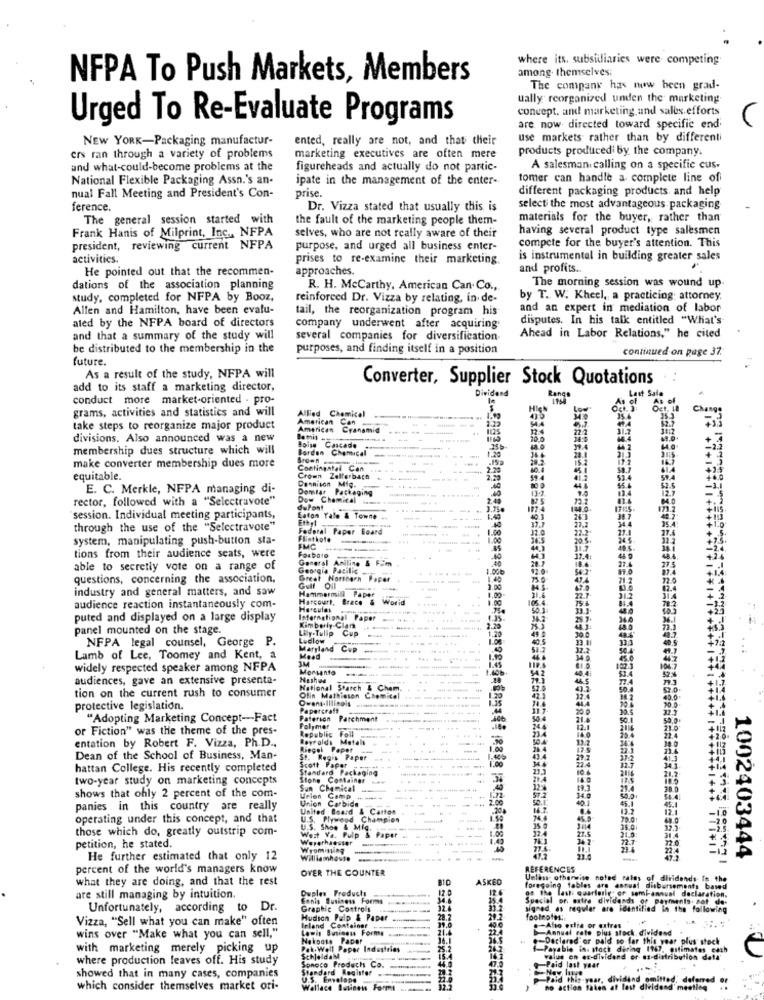
where its. subsidiaries were competing
among. themselves;
NFPA To Push Markets, Members
The company has now been grad-
ually reorganized unden the marketing
concept. and marketing, and salbs.efforts
Urged To Re-Evaluate Programs
are now directed toward specific end;
NEW YORK-Packaging manufactur-
ented, really are not, and that their
use markets rather than by differenti
ers ran through a variety of problems
products produced by the company.
marketing executives are often mere
and what-could-become problems at the
figureheads and actually do not partic-
A salesman calling on a specific cus.
National Flexible Packaging Assn.'s an-
ipate in the management of the enter-
tomer can handle a complete line of
nual Fall Meeting and President's Con-
prise.
different packaging products and help
ference.
Dr. Vizza stated that usually this is
select the most advantageous packaging
The general session started with
the fault of the marketing people them-
materials for the buyer, rather than
Frank Hanis of Milprint, Inc ., NFPA
having several product type salesmen
selves, who are not really aware of their
compete for the buyer's attention. This
president, reviewing current NFPA
purpose, and urged all business enter-
activities.
prises to re-examine their marketing.
is instrumental in building greater sales
He pointed out that the recommen-
approaches.
and profits ..
The morning session was wound up
dations of the association planning
R. H. McCarthy, American Can. Co .,
study, completed for NFPA by Booz,
reinforced Dr. Vizza by relating, in de-
by T. W. Kheel, a practicing: attorney,
Allen and Hamilton, have been evalu-
tail, the reorganization program his
and an expert in mediation of labor
disputes. In his talk entitled "What's
ated by the NFPA board of directors
company underwent after acquiring
and that a summary of the study will
several companies for diversification
Ahead in Labor Relations," he cited
be distributed to the membership in the
purposes, and finding itself in a position
continued on page 37.
future.
As a result of the study, NFPA will
Converter, Supplier Stock Quotations
add to its staff a marketing director,
Dividend
conduct more market-oriented . pro-
Range
grams, activities and statistics and will
Allied Chemical
American
Gen
1.23
take steps to reorganize major product
American
Cranamis
22/2
divisions. Also announced was a new
Bamit wy
--
membership dues structure which will
Borden
Boise Cascade
Chemical
44.0
39.4
make converter membership dues more
Continental Can
equitable.
Crown Zellerbach
Dennison Mig.
52.4
E. C. Merkle, NFPA managing di-
Domtar Packaging
444
rector, followed with a "Selectravote"
Dow Chemical .... ...!!!!
duPont
3.75.
1440.
session. Individual meeting participants,
Eaton Yale & Towne
1.40
40
37.7
through the use of the "Selectravote"
Federal Paper Board
1.00
32.0
27.7
22.2
35.4
system, manipulating push-button sta-
Flinthote
. . .
1.00
20.5
FMC
------ 1
40.3
4.05.
tions from their audience seats, were
General Aniline & Fim
20.7
37.4.
44 9
275
able to secretly vote on a range of
Georgia Facilic.
......-.-
1.006
12.0
374
questions, concerning the association,
Great Norcorn Paper
140
47.4
720
industry and general matters, and saw
Hammermill Paper
2.00
67.0
82.4
Harcourt, Brace
World
105.4.
22.1
31.2
audience reaction instantaneously com-
puted and displayed on a large display
International Faper
25
panel mounted on the stage.
Lily-Tulip Cup
Kimberly Clara
---
1.20
NFPA legal counsel, George P.
Ludlow
Maryland
C.p
Lamb of Lee, Toomey and Kent, a
Mead
---...
widely respected speaker among NFPA
Mortento
audiences, gave an extensive presenta-
Hushed
tion on the current rush to consumer
National Starch & Chem
Ofin Math eson Chemitel
protective legislation.
Papercraft
-----
-..
11.7
20
#2
"Adopting Marketing Concept -- Fact
Paterson Parchment
50.1
or Fiction" was the theme of the pres-
Polymer
Republic
Foil
entation by Robert F. Vizza, Ph.D .,
Deyrolds Metals
19.4
38.0
Riegel Paper
-
---
Dean of the School of Business, Man-
1. Regis Paper
.......
41.3
hattan College. His recently completed
Standard Packaging
Scott Paper
22.4
21.2.
341.
two-year study on marketing concepts
Stone Container
......
shows that ohly 2 percent of the com-
Sun Chemical
-
29.4
38.0
Union
Urion Camp -----
Carbide
59.1.
40.
500
54.4
panies in this country are really
United Board & Carton
45.1
13.2
12.1
operating under this concept, and that
U.S. Plywood Champion
74.4
79.01
49.0
those which do, greatly outstrip com-
U.S. Shoe & Mig.
15.0
324
27.6
21.0:
petition, he stated.
Wert Ya. Pulp & Paper
Werethaeuser
---
---
31.4
77.0
Wyoming
77.4.
22.4
1002403444
He further estimated that only 12
Williamhowto
..... ..
23.6
percent of the world's managers know
OVER THE COUNTER
REFERENCES
what they are doing, and that the rest
ASKED
Unless otherwise noted sales of dividends Is the
Ouples Produch
17.0
os the last quarterly; or semi-annual declaration.
foregoing fables are astuat disbursements based
are still managing by intuition.
Fonis Business Forms
Special or. ostra dividends of payments. sot de-
Unfortunately, according to Dr.
Graphic Controls
32.6
signed as regular are identified in the following
Vizza, "Sell what you can make" often
Hudson Pulp & Paper
28.7
49.0
footnotes;
Inland Container
Lewis Business Forms
22.4
-Alto oulie or matras
Annual rate plus stock dividend
wins over "Make what you can sell,"
Nekooss Pacer
.- Declared or pald so far this year plus' stock
with marketing merely picking up
Pak-Well Paper Industries
25.2
-Payable in. stock diring (fh), estimates cath
where production leaves off. His study
SchjeldaM
Sonoco Products Co.
16 7
value on ex-dividend or az-distribution dall'
Standard Register
-Paid last year
showed that in many cases, companies
U.S. Emelope
p-Paid this year, dividand omitted, deferred
which consider themselves market ori-
Wallace Bavinews Formi
no action taken at last dividend meeting
..